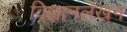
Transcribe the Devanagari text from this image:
विज्ञानलेखन